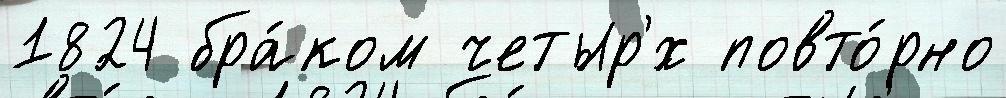
1824 бра́ком четыр'́х повто́рно